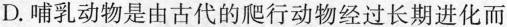
D.哺乳动物是由古代的爬行动物经过长期进化而